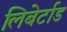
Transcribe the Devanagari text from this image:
लिबेर्टाड